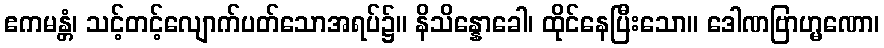
ဧကမန္တံ၊ သင့်တင့်လျောက်ပတ်သောအရပ်၌။ နိသိန္နောခေါ၊ ထိုင်နေပြီးသော။ ဒေါဏဗြာဟ္မဏော၊